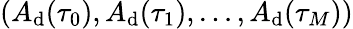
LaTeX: (A_{\mathrm{d}}(\tau_{0}),A_{\mathrm{d}}(\tau_{1}),\dots,A_{\mathrm{d}}(\tau_{M}))